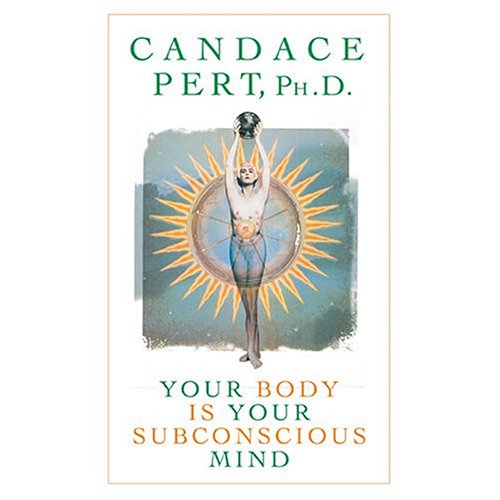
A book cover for Your Body Is Your Subconscious Mind; Candace Pert; Medical Books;